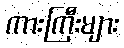
ကားကြီးများ